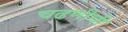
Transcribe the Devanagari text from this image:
चढणीची